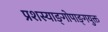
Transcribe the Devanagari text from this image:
प्रशस्याङ्‌गोपाङ्‌गयुक्त